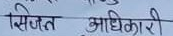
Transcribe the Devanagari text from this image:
सिजत अधिकारी